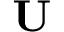
\mathbf { U }